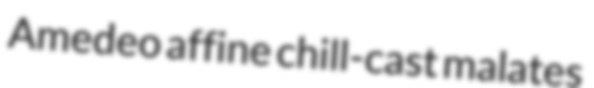
Amedeo affine chill-cast malates